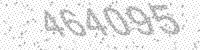
Solution: 464095